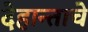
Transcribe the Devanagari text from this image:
देहान्ताचे